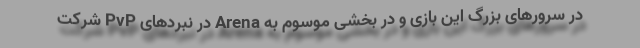
در سرورهای بزرگ این بازی و در بخشی موسوم به Arena در نبردهای PvP شرکت